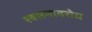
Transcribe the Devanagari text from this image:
श्वसनावरोध